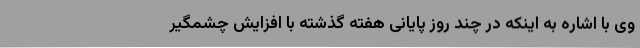
وی با اشاره به اینکه در چند روز پایانی هفته گذشته با افزایش چشمگیر